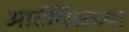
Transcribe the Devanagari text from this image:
आर्टेमिसच्या